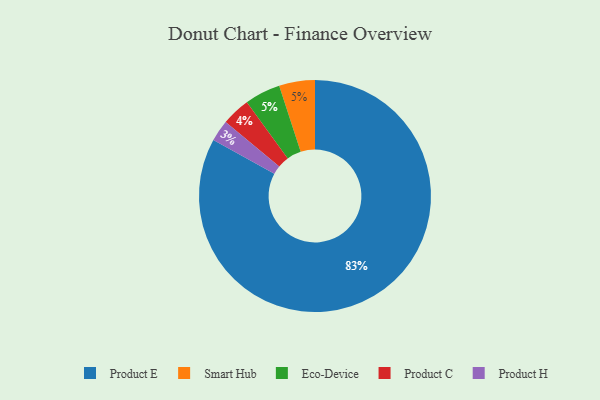
{"axis": {"x": "Category", "y": "Percentage"}, "legend": ["Eco-Device", "Product C", "Product E", "Product H", "Smart Hub"], "data": [{"x": "Product C", "y": 4, "type": "Product C"}, {"x": "Smart Hub", "y": 5, "type": "Smart Hub"}, {"x": "Product E", "y": 83, "type": "Product E"}, {"x": "Eco-Device", "y": 5, "type": "Eco-Device"}, {"x": "Product H", "y": 3, "type": "Product H"}]}